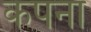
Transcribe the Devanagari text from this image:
कपना